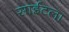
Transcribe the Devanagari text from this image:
साईटला